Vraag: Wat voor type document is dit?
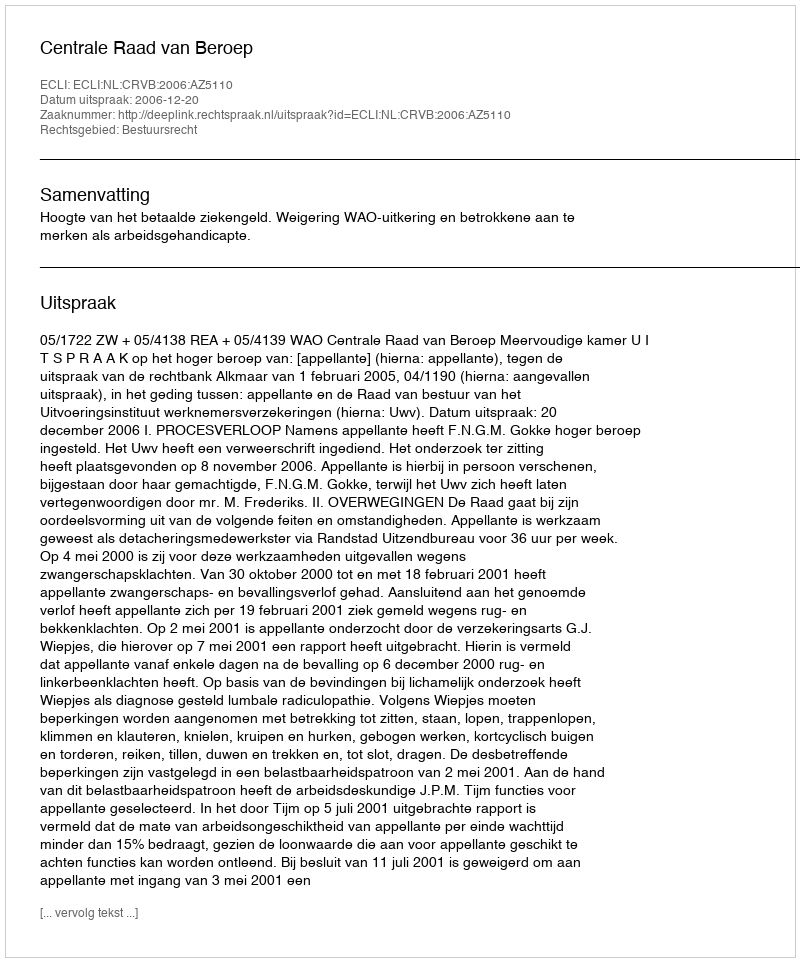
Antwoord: Uitspraak